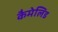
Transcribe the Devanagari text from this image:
कैमेलिड